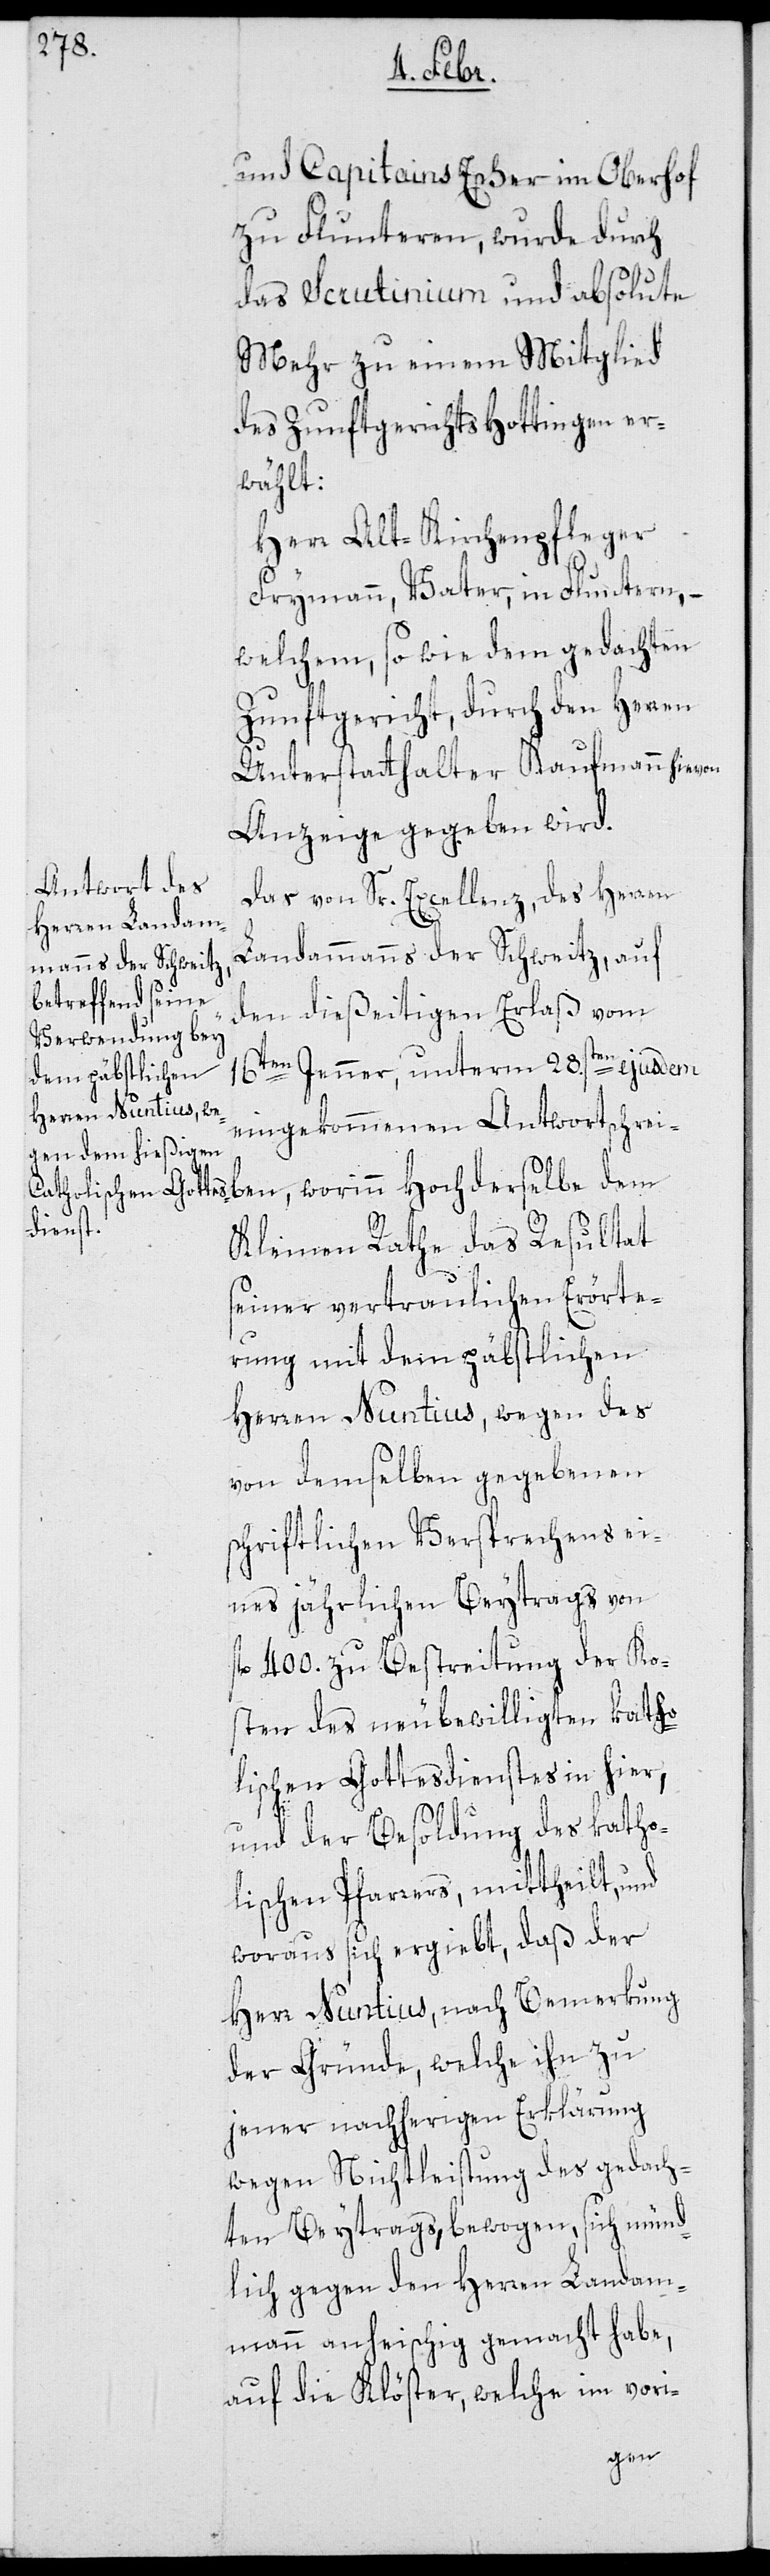
und Capitains Escher im Oberhof
zu Fluntern, wurde durch
das Scrutinium und absolute
Mehr zu einem Mitglied
des Zunftgerichts Hottingen er¬
wählt:
Herr Alt-Kirchenpfleger
Frymann, Vater, in Fluntern, –
welchem, so wie dem gedachten
Zunftgericht, durch den Herren
Unterstatthalter Kaufmann hievon
Anzeige gegeben wird.
Das von Sr. Excellenz, des Herren
Landammanns der Schweitz, auf
den dießeitigen Erlaß vom
16ten Jenner, unterm 28sten ejusdem
eingekommenen Antwortschrei¬
ben, worinn Hochderselbe dem
Kleinen Rathe das Resultat
seiner vertraulichen Erörte¬
rung mit dem päbstlichen
Herren Nuntius, wegen des
von demselben gegebenen
schriftlichen Versprechens ei¬
nes jährlichen Beytrags von
fl. 400. zu Bestreitung der Ko¬
sten des neu bewilligten katho¬
lischen Gottesdiensts in hier,
und der Besoldung des katho¬
lischen Pfarrers, mittheilt, und
woraus sich ergiebt, daß der
Herr Nuntius nach Bemerkung
der Gründe, welche ihn zu
jener nachherigen Erklärung
wegen Nichtleistung des gedach¬
ten Beytrags, bewogen, sich münd¬
lich gegen den Herren Landam¬
mann anheischig gemacht habe,
auf die Klöster, welche im vori-